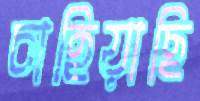
চাহিয়াছি